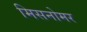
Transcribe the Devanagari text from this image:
मिसनोमर